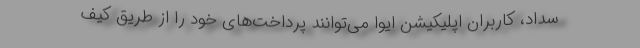
سداد، کاربران اپلیکیشن ایوا می‌توانند پرداخت‌های خود را از طریق کیف